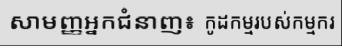
សាមញ្ញអ្នកជំនាញ៖ កូដកម្មរបស់កម្មករ